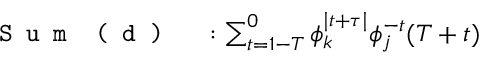
\begin{array} { r l } { \texttt { S u m } \texttt { ( d ) } } & { { } : \sum _ { t = 1 - T } ^ { 0 } \phi _ { k } ^ { \mid t + \tau \mid } \phi _ { j } ^ { - t } ( T + t ) } \end{array}